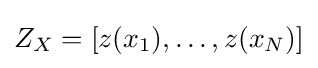
Z_{X}=[z(x_{1}),\dots ,z(x_{N})]